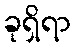
ခုရှိရာ